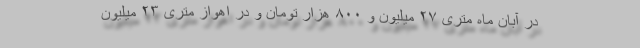
در آبان ماه متری ۲۷ میلیون و ۸۰۰ هزار تومان و در اهواز متری ۲۳ میلیون